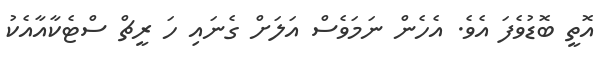
އޮތީ ބޮޑުވެފަ އެވެ. އެހެން ނަމަވެސް އަލަށް ގެނައި ހަ ރީޗް ސްޓެކާއާއެކު